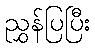
ညွှန်ပြပြီး